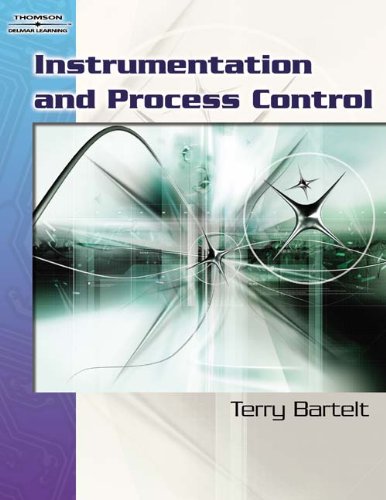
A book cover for Instrumentation and Process Control; Terry L.M. Bartelt; Science & Math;